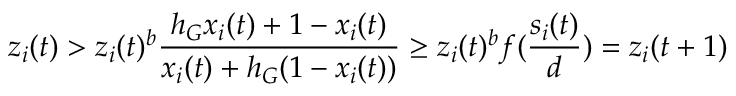
z _ { i } ( t ) > z _ { i } ( t ) ^ { b } \frac { h _ { G } x _ { i } ( t ) + 1 - x _ { i } ( t ) } { x _ { i } ( t ) + h _ { G } ( 1 - x _ { i } ( t ) ) } \geq z _ { i } ( t ) ^ { b } f ( \frac { s _ { i } ( t ) } { d } ) = z _ { i } ( t + 1 )